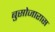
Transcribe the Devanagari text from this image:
बुसोजारास